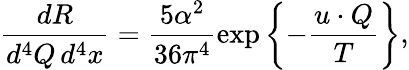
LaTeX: \frac{dR}{d^{4}Q\, d^{4}x}=\frac{5\alpha^{2}}{36\pi^{4}}\exp\left\{ -\frac{u\cdot Q}{T}\right\} ,